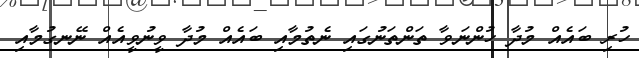
ހުރި ބައެއް މުދާ ހުންނަވާ ތަންތަނުގައި ނެތުމާއި ބައެއް މުދާ ވީނުވީއެއް ނޭނގުމާއި